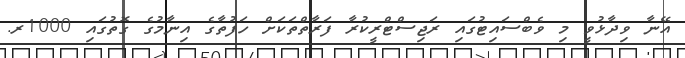
އޭނާ ވިދާޅުވީ މި ވެބްސައިޓުގައި ރަޖިސްޓްރީކުރާ ފަރާތްތަކަށް ހަފުތާގެ އިނާމުގެ ގޮތުގައި 1000ރ.